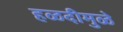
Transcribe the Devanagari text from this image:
हळदीमुळे